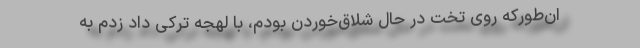
ان‌طور‌كه روی تخت در حال شلاق‌خوردن بودم، با لهجه تركی داد زدم به